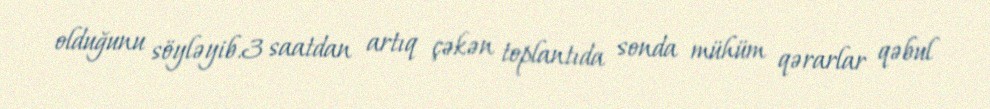
olduğunu söyləyib.3 saatdan artıq çəkən toplantıda sonda mühüm qərarlar qəbul